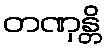
တဏှန္တိ